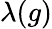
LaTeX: \lambda(g)